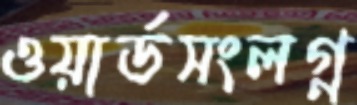
ওয়ার্ডসংলগ্ন